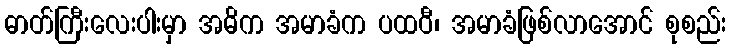
ဓာတ်ကြီးလေးပါးမှာ အဓိက အမာခံက ပထဝီ၊ အမာခံဖြစ်လာအောင် စုစည်း